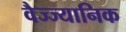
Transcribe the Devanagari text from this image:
वैज्ज्यानिक